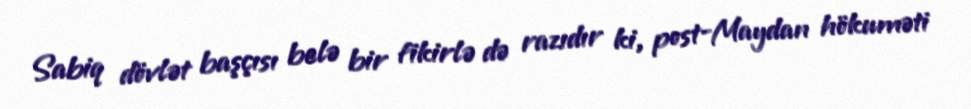
Sabiq dövlət başçısı belə bir fikirlə də razıdır ki, post-Maydan hökuməti